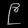
Digit: ၉